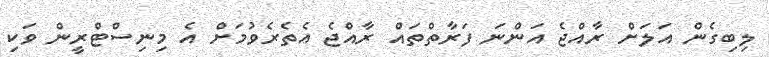
ލިބިގެން އަލަށް ރާއްޖެ އަންނަ ފަރާތްތައް ރާއްޖެ އެތެރެވުމަށް އެ މިނިސްޓްރީން ވަކި